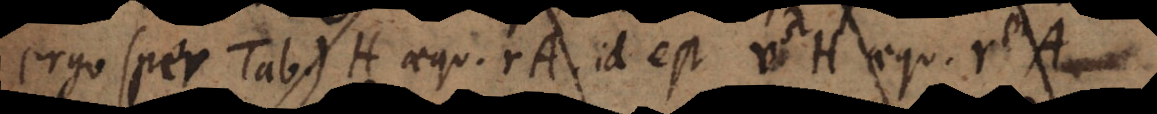
ergo (per tab.) H aequ. rA, id est v H aequ. r A